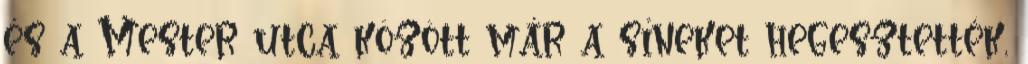
és a Mester utca között már a síneket hegesztették,